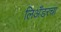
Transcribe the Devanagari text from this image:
लिअँडरचा